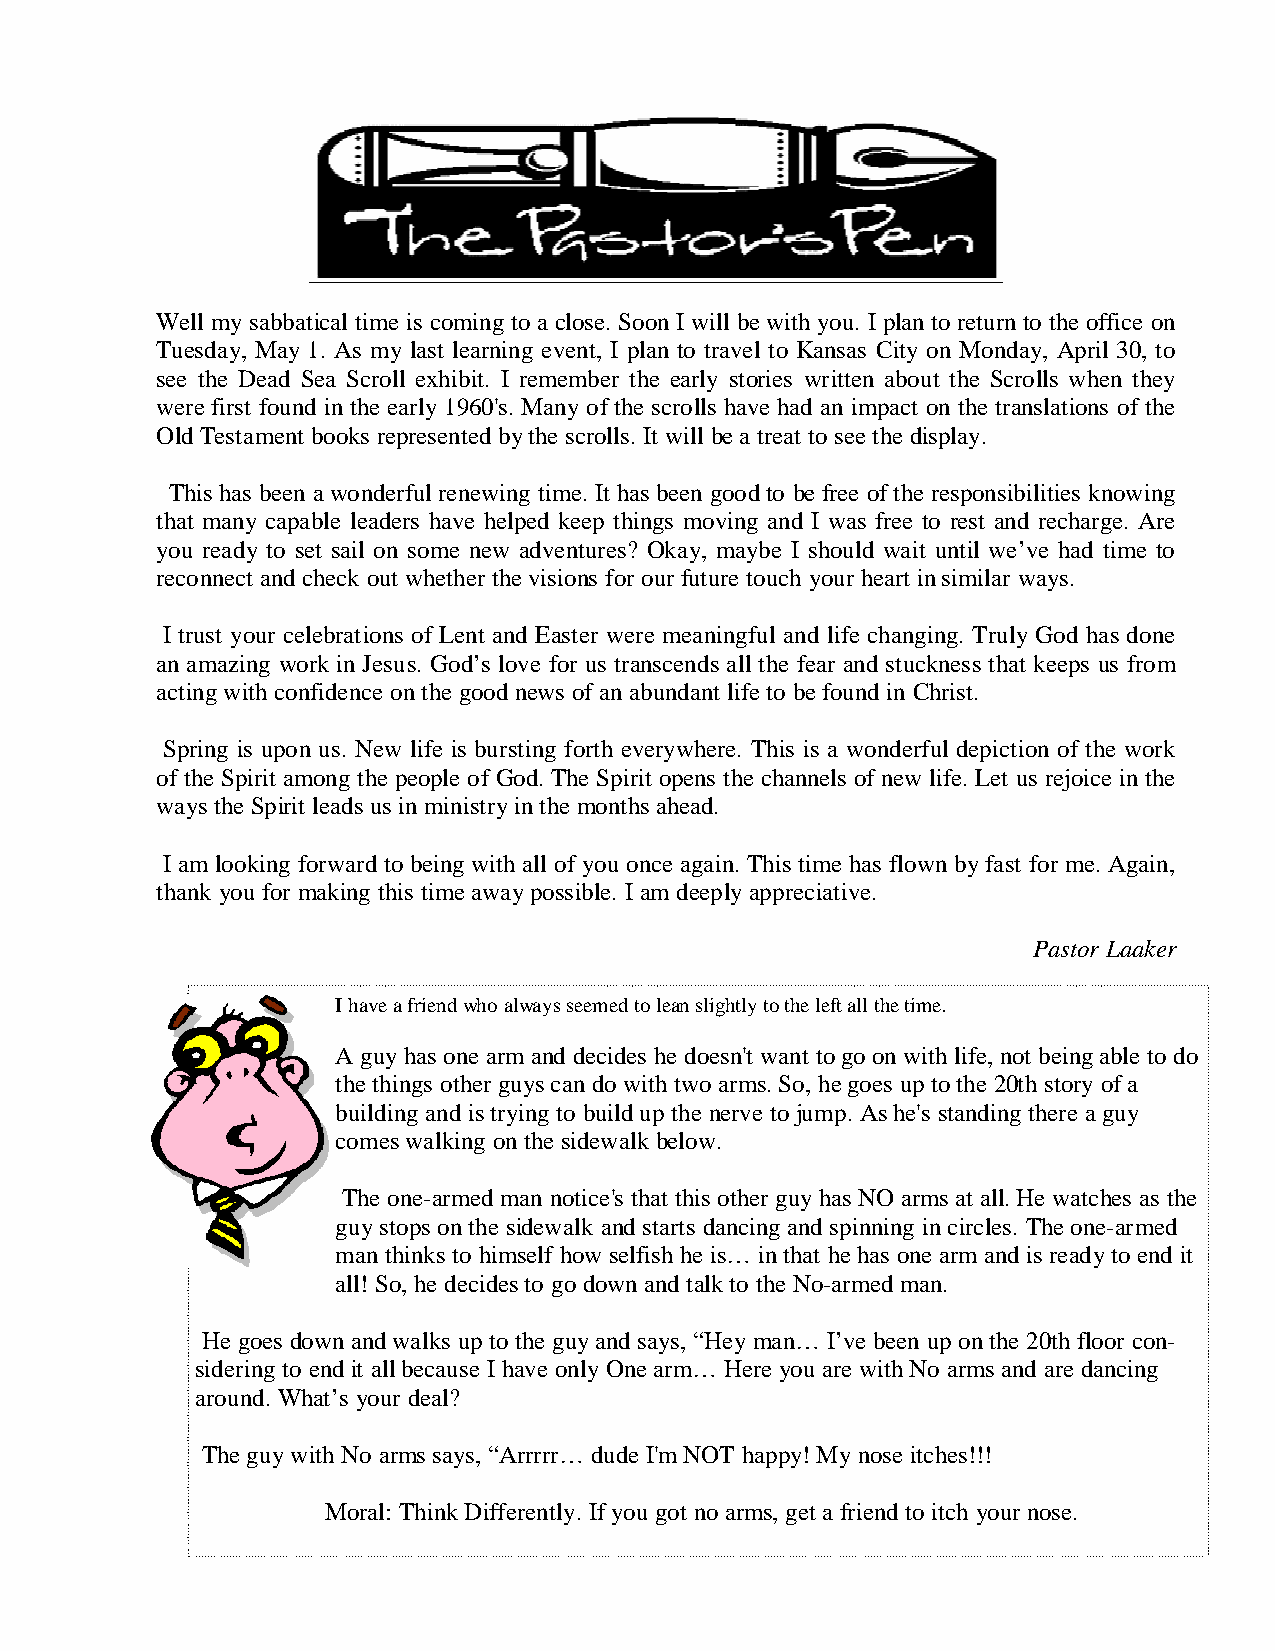
Well my sabbatical time is coming to a close. Soon I will be with you. I plan to return to the office on
 Tuesday, May 1. As my last learning event, I plan to travel to Kansas City on Monday, April 30, to
 see the Dead Sea Scroll exhibit. I remember the early stories written about the Scrolls when they
 were first found in the early 1960's. Many of the scrolls have had an impact on the translations of the
 Old Testament books represented by the scrolls. It will be a treat to see the display.
 This has been a wonderful renewing time. It has been good to be free of the responsibilities knowing
 that many capable leaders have helped keep things moving and I was free to rest and recharge. Are
 you ready to set sail on some new adventures? Okay, maybe I should wait until we’ve had time to
 reconnect and check out whether the visions for our future touch your heart in similar ways.
 I trust your celebrations of Lent and Easter were meaningful and life changing. Truly God has done
 an amazing work in Jesus. God’s love for us transcends all the fear and stuckness that keeps us from
 acting with confidence on the good news of an abundant life to be found in Christ.
 Spring is upon us. New life is bursting forth everywhere. This is a wonderful depiction of the work
 of the Spirit among the people of God. The Spirit opens the channels of new life. Let us rejoice in the
 ways the Spirit leads us in ministry in the months ahead.
 I am looking forward to being with all of you once again. This time has flown by fast for me. Again,
 thank you for making this time away possible. I am deeply appreciative.
 Pastor Laaker
 I have a friend who always seemed to lean slightly to the left all the time.
 A guy has one arm and decides he doesn't want to go on with life, not being able to do
 the things other guys can do with two arms. So, he goes up to the 20th story of a
 building and is trying to build up the nerve to jump. As he's standing there a guy
 comes walking on the sidewalk below.
 The one-armed man notice's that this other guy has NO arms at all. He watches as the
 guy stops on the sidewalk and starts dancing and spinning in circles. The one-armed
 man thinks to himself how selfish he is… in that he has one arm and is ready to end it
 all! So, he decides to go down and talk to the No-armed man.
 He goes down and walks up to the guy and says, “Hey man… I’ve been up on the 20th floor con-
 sidering to end it all because I have only One arm… Here you are with No arms and are dancing
 around. What’s your deal?
 The guy with No arms says, “Arrrrr… dude I'm NOT happy! My nose itches!!!
 Moral: Think Differently. If you got no arms, get a friend to itch your nose.